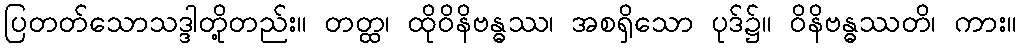
ပြတတ်သောသဒ္ဒါတို့တည်း။ တတ္ထ၊ ထိုဝိနိဗန္ဓဿ၊ အစရှိသော ပုဒ်၌။ ဝိနိဗန္ဓဿတိ၊ ကား။